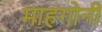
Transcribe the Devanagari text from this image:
माहगोनी